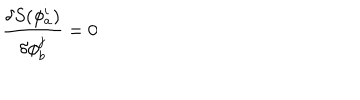
\frac { \delta S ( \phi _ { a } ^ { i } ) } { \delta \phi _ { b } ^ { j } } = 0